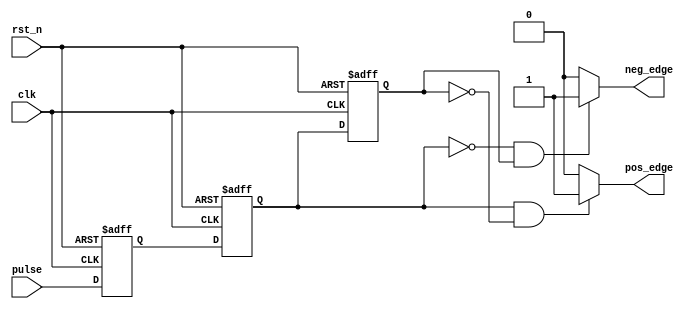
`timescale 1ns/1ps
//////////////////////////////////////////////////////////////////////////////////
// Company: 
// Engineer: 
// 
// Design Name: 
// Module Name: edge_cap
// Project Name: 
// Target Devices: 
// Tool Versions: 
// Description: 
// 
// Dependencies: 
// 
// Revision:
// Revision 0.01 - File Created
// Additional Comments:
// 
//////////////////////////////////////////////////////////////////////////////////


module edge_cap
    (
        input clk, rst_n,
        input pulse,
        output pos_edge,
        output neg_edge
    );
    reg pulse_r1, pulse_r2, pulse_r3;

    always @(posedge clk or negedge rst_n)
        if (!rst_n)
            begin
                pulse_r1 <= 1'b0;
                pulse_r2 <= 1'b0;
                pulse_r3 <= 1'b0;
            end
        else
            begin
                pulse_r1 <= pulse;
                pulse_r2 <= pulse_r1;
                pulse_r3 <= pulse_r2;
            end

    assign pos_edge = (pulse_r2 && ~pulse_r3) ? 1:0;
    assign neg_edge = (~pulse_r2 && pulse_r3) ? 1:0;
endmodule